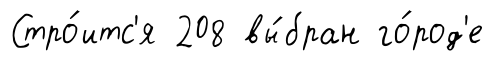
Стро́итс'я 208 вы́бран го́род'е